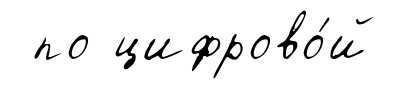
по цифрово́й